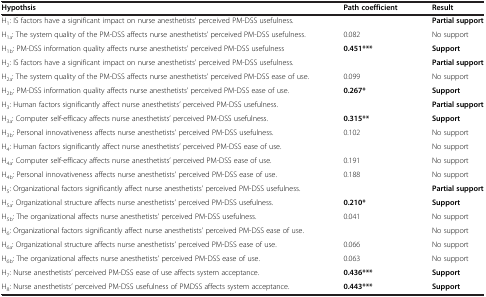
<table><thead><tr><td><b>Hypothsis</b></td><td><b>Path coefficient</b></td><td><b>Result</b></td></tr></thead><tbody><tr><td>H<sub>1</sub>: IS factors have a significant impact on nurse anesthetists’ perceived PM-DSS usefulness.</td><td> </td><td><b>Partial support</b></td></tr><tr><td>H<sub>1a</sub>: The system quality of the PM-DSS affects nurse anesthetists’ perceived PM-DSS usefulness.</td><td>0.082</td><td>No support</td></tr><tr><td>H<sub>1b</sub>: PM-DSS information quality affects nurse anesthetists’ perceived PM-DSS usefulness</td><td><b>0.451***</b></td><td><b>Support</b></td></tr><tr><td>H<sub>2</sub>: IS factors have a significant impact on nurse anesthetists’ perceived PM-DSS usefulness.</td><td> </td><td><b>Partial support</b></td></tr><tr><td>H<sub>2a</sub>: The system quality of the PM-DSS affects nurse anesthetists’ perceived PM-DSS ease of use.</td><td>0.099</td><td>No support</td></tr><tr><td>H<sub>2b</sub>: PM-DSS information quality affects nurse anesthetists’ perceived PM-DSS ease of use.</td><td><b>0.267*</b></td><td><b>Support</b></td></tr><tr><td>H<sub>3</sub>: Human factors significantly affect nurse anesthetists’ perceived PM-DSS usefulness.</td><td> </td><td><b>Partial support</b></td></tr><tr><td>H<sub>3a</sub>: Computer self-efficacy affects nurse anesthetists’ perceived PM-DSS usefulness.</td><td><b>0.315**</b></td><td><b>Support</b></td></tr><tr><td>H<sub>3b</sub>: Personal innovativeness affects nurse anesthetists’ perceived PM-DSS usefulness.</td><td>0.102</td><td>No support</td></tr><tr><td>H<sub>4</sub>: Human factors significantly affect nurse anesthetists’ perceived PM-DSS ease of use.</td><td> </td><td>No support</td></tr><tr><td>H<sub>4a</sub>: Computer self-efficacy affects nurse anesthetists’ perceived PM-DSS ease of use.</td><td>0.191</td><td>No support</td></tr><tr><td>H<sub>4b</sub>: Personal innovativeness affects nurse anesthetists’ perceived PM-DSS ease of use.</td><td>0.188</td><td>No support</td></tr><tr><td>H<sub>5</sub>: Organizational factors significantly affect nurse anesthetists’ perceived PM-DSS usefulness.</td><td> </td><td><b>Partial support</b></td></tr><tr><td>H<sub>5a</sub>: Organizational structure affects nurse anesthetists’ perceived PM-DSS usefulness.</td><td><b>0.210*</b></td><td><b>Support</b></td></tr><tr><td>H<sub>5b</sub>: The organizational affects nurse anesthetists’ perceived PM-DSS usefulness.</td><td>0.041</td><td>No support</td></tr><tr><td>H<sub>6</sub>: Organizational factors significantly affect nurse anesthetists’ perceived PM-DSS ease of use.</td><td> </td><td>No support</td></tr><tr><td>H<sub>6a</sub>: Organizational structure affects nurse anesthetists’ perceived PM-DSS ease of use.</td><td>0.066</td><td>No support</td></tr><tr><td>H<sub>6b</sub>: The organizational affects nurse anesthetists’ perceived PM-DSS ease of use.</td><td>0.063</td><td>No support</td></tr><tr><td>H<sub>7</sub>: Nurse anesthetists’ perceived PM-DSS ease of use affects system acceptance.</td><td><b>0.436***</b></td><td><b>Support</b></td></tr><tr><td>H<sub>8</sub>: Nurse anesthetists’ perceived PM-DSS usefulness of PMDSS affects system acceptance.</td><td><b>0.443***</b></td><td><b>Support</b></td></tr></tbody></table>